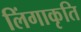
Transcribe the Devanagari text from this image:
लिंगाकृति